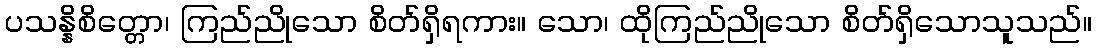
ပသန္နိစိတ္တော၊ ကြည်ညိုသော စိတ်ရှိရကား။ သော၊ ထိုကြည်ညိုသော စိတ်ရှိသောသူသည်။